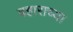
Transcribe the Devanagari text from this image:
बहाराच्या